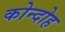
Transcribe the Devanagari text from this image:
कोन्‍दोह